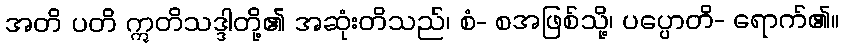
အတိ ပတိ ဣတိသဒ္ဒါတို့၏ အဆုံးတိသည်၊ စံ- စအဖြစ်သို့၊ ပပ္ပောတိ- ရောက်၏။